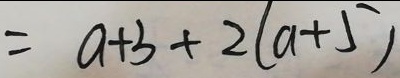
= a + 3 + 2 ( a + 5 )